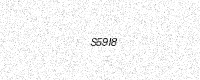
Text: S59I8